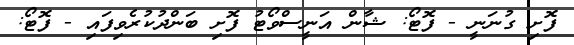
ފޮށި ގުނަނީ - ފޮޓޯ: ޝާން އަނީސްވޯޓު ފޮށި ބަންދުކުރެވިފައި - ފޮޓޯ: